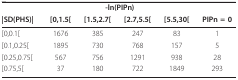
<table><thead><tr><td></td><td colspan="4"><b>-ln(PIPn)</b></td><td></td></tr><tr><td><b>|SD(PHS)|</b></td><td><b>[0,1.5[</b></td><td><b>[1.5,2.7[</b></td><td><b>[2.7,5.5[</b></td><td><b>[5.5,30[</b></td><td><b>PIPn = 0</b></td></tr></thead><tbody><tr><td>[0,0.1[</td><td>1676</td><td>385</td><td>247</td><td>83</td><td>1</td></tr><tr><td>[0.1,0.25[</td><td>1895</td><td>730</td><td>768</td><td>157</td><td>5</td></tr><tr><td>[0.25,0.75[</td><td>567</td><td>756</td><td>1291</td><td>938</td><td>28</td></tr><tr><td>[0.75,5[</td><td>37</td><td>180</td><td>722</td><td>1849</td><td>293</td></tr></tbody></table>